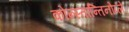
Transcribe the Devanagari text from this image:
कोन्स्तान्तिनोप्ले